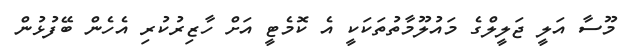
މޫސާ އަލީ ޖަލީލްގެ މައުލޫމާތުތަކަކީ އެ ކޮމެޓީ އަށް ހާޒިރުކުރި އެހެން ބޭފުޅުން